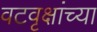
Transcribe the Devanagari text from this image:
वटवृक्षांच्या